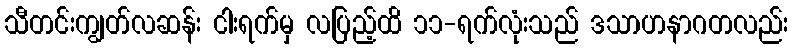
သီတင်းကျွတ်လဆန်း ငါးရက်မှ လပြည့်ထိ ၁၁-ရက်လုံးသည် ဒသာဟနာဂတလည်း